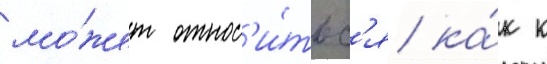
мо́жет относ'и́тьс'я ка́к к